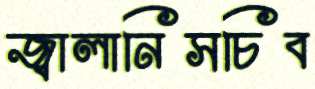
জ্বালানিসচিব